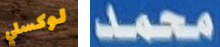
لوكسلي محمد